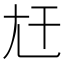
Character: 𡯋